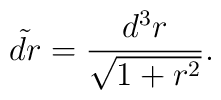
\tilde{dr} = {\frac{d^3 r}{\sqrt{1+r^2}}}.